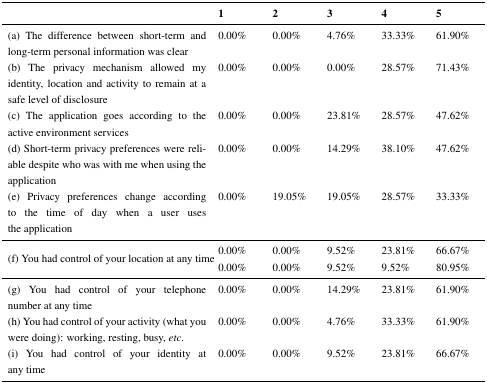
|  | 1 | 2 | 3 | 4 | 5 |
 | --- | --- | --- | --- | --- | --- |
 | (a) The difference between short-term and long-term personal information was clear | 0.00% | 0.00% | 4.76% | 33.33% | 61.90% |
 | (b) The privacy mechanism allowed my identity, location and activity to remain at a safe level of disclosure | 0.00% | 0.00% | 0.00% | 28.57% | 71.43% |
 | (c) The application goes according to the active environment services | 0.00% | 0.00% | 23.81% | 28.57% | 47.62% |
 | (d) Short-term privacy preferences were reliable despite who was with me when using the application | 0.00% | 0.00% | 14.29% | 38.10% | 47.62% |
 | (e) Privacy preferences change according to the time of day when a user uses the application | 0.00% | 19.05% | 19.05% | 28.57% | 33.33% |
 | <ROWSPAN=2> (f) You had control of your location at any time | 0.00% | 0.00% | 9.52% | 23.81% | 66.67% |
 | 0.00% | 0.00% | 9.52% | 9.52% | 80.95% |
 | (g) You had control of your telephone number at any time | 0.00% | 0.00% | 14.29% | 23.81% | 61.90% |
 | (h) You had control of your activity (what you were doing): working, resting, busy, etc. | 0.00% | 0.00% | 4.76% | 33.33% | 61.90% |
 | (i) You had control of your identity at any time | 0.00% | 0.00% | 9.52% | 23.81% | 66.67% |